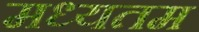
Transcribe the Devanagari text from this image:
मध्यतम